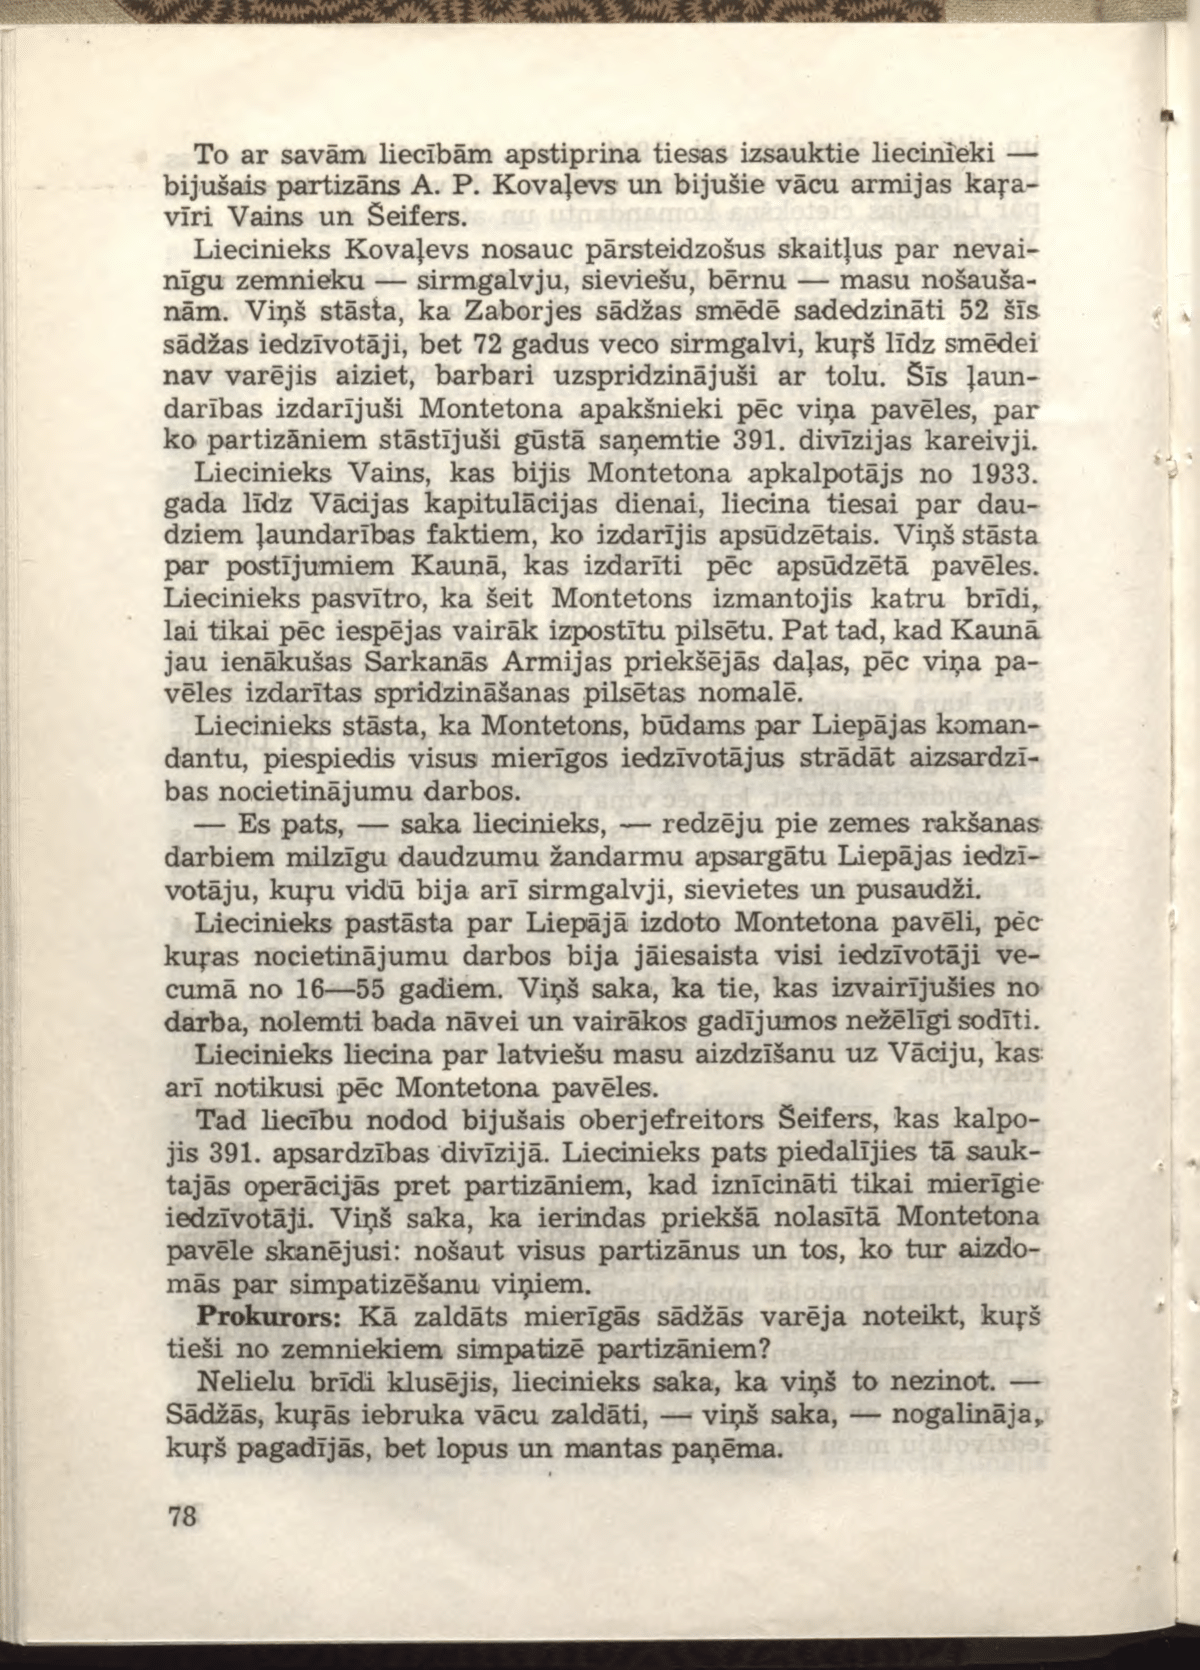
Language: lv